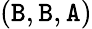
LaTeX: (\mathtt{B},\mathtt{B},\mathtt{A})